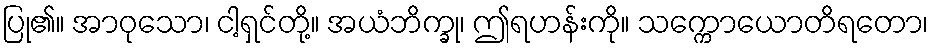
ပြု၏။ အာဝုသော၊ ငါ့ရှင်တို့။ အယံဘိက္ခု၊ ဤရဟန်းကို။ သက္ကောယောတိရတော၊